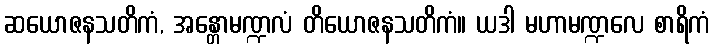
ဆယောဇနသတိကံ, အန္တောမဏ္ဍလံ တိယောဇနသတိကံ။ ယဒါ မဟာမဏ္ဍလေ စာရိကံ